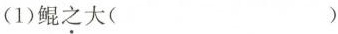
(1)鲲之大( )